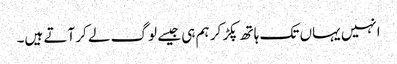
انہیں یہاں تک ہاتھ پکڑ کر ہم ہی جیسے لوگ لے کر آتے ہیں۔